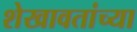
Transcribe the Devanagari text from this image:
शेखावतांच्या